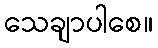
သေချာပါစေ။